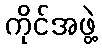
ကိုင်အဖွဲ့